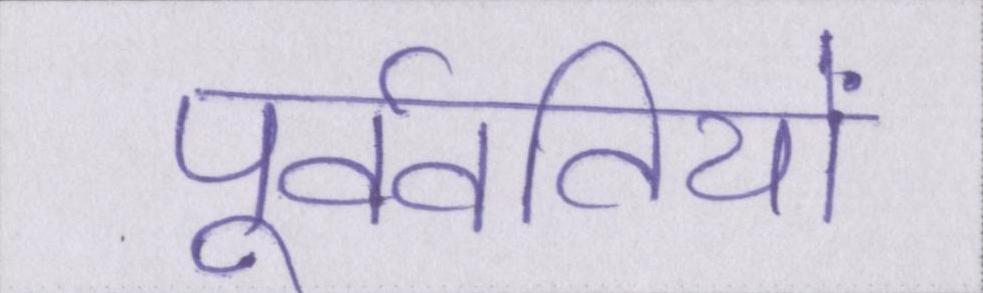
पूर्ववर्तियों